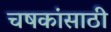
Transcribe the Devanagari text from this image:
चषकांसाठी